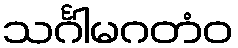
သင်္ဂါမဂတံဝ